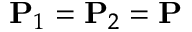
\mathbf { P } _ { 1 } = \mathbf { P } _ { 2 } = \mathbf { P }